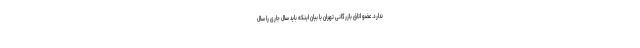
ندارد. عضو اتاق بازرگانی تهران با بیان اینکه باید سال جاری را سال